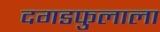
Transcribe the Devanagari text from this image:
दगडफुलाला